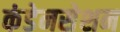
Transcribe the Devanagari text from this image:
कंडेनसेशन